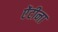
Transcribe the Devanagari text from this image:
ऐंटीना